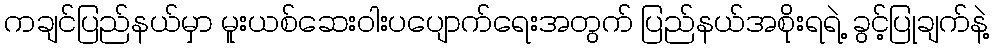
ကချင်ပြည်နယ်မှာ မူးယစ်ဆေးဝါးပပျောက်ရေးအတွက် ပြည်နယ်အစိုးရရဲ့ ခွင့်ပြုချက်နဲ့